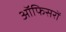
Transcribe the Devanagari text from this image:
ऑफिसरों